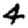
Digit: 4